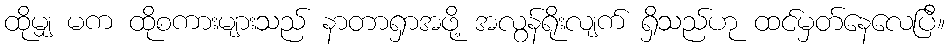
ထိုမျှ မက ထိုစကားများသည် နာတာရှာအဖို့ အလွန်ရိုးလျက် ရှိသည်ဟု ထင်မှတ်နေလေပြီ။